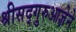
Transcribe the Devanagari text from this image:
श्रीसद्गुरुआज्ञेने